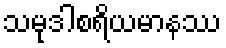
သမုဒါစရိယမာနဿ